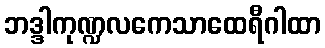
ဘဒ္ဒါကုဏ္ဍလကေသာထေရီဂါထာ